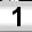
Digit: 1